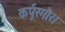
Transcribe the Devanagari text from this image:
कर्पूरगौरा